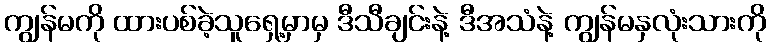
ကျွန်မကို ထားပစ်ခဲ့သူရှေ့မှာမှ ဒီသီချင်းနဲ့ ဒီအသံနဲ့ ကျွန်မနှလုံးသားကို